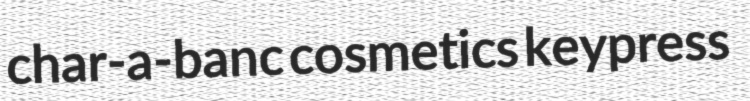
char-a-banc cosmetics keypress